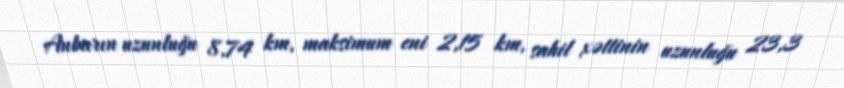
Anbarın uzunluğu 8,74 km, maksimum eni 2,15 km, sahil xəttinin uzunluğu 23,3